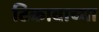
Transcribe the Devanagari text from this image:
टिकावाच्या